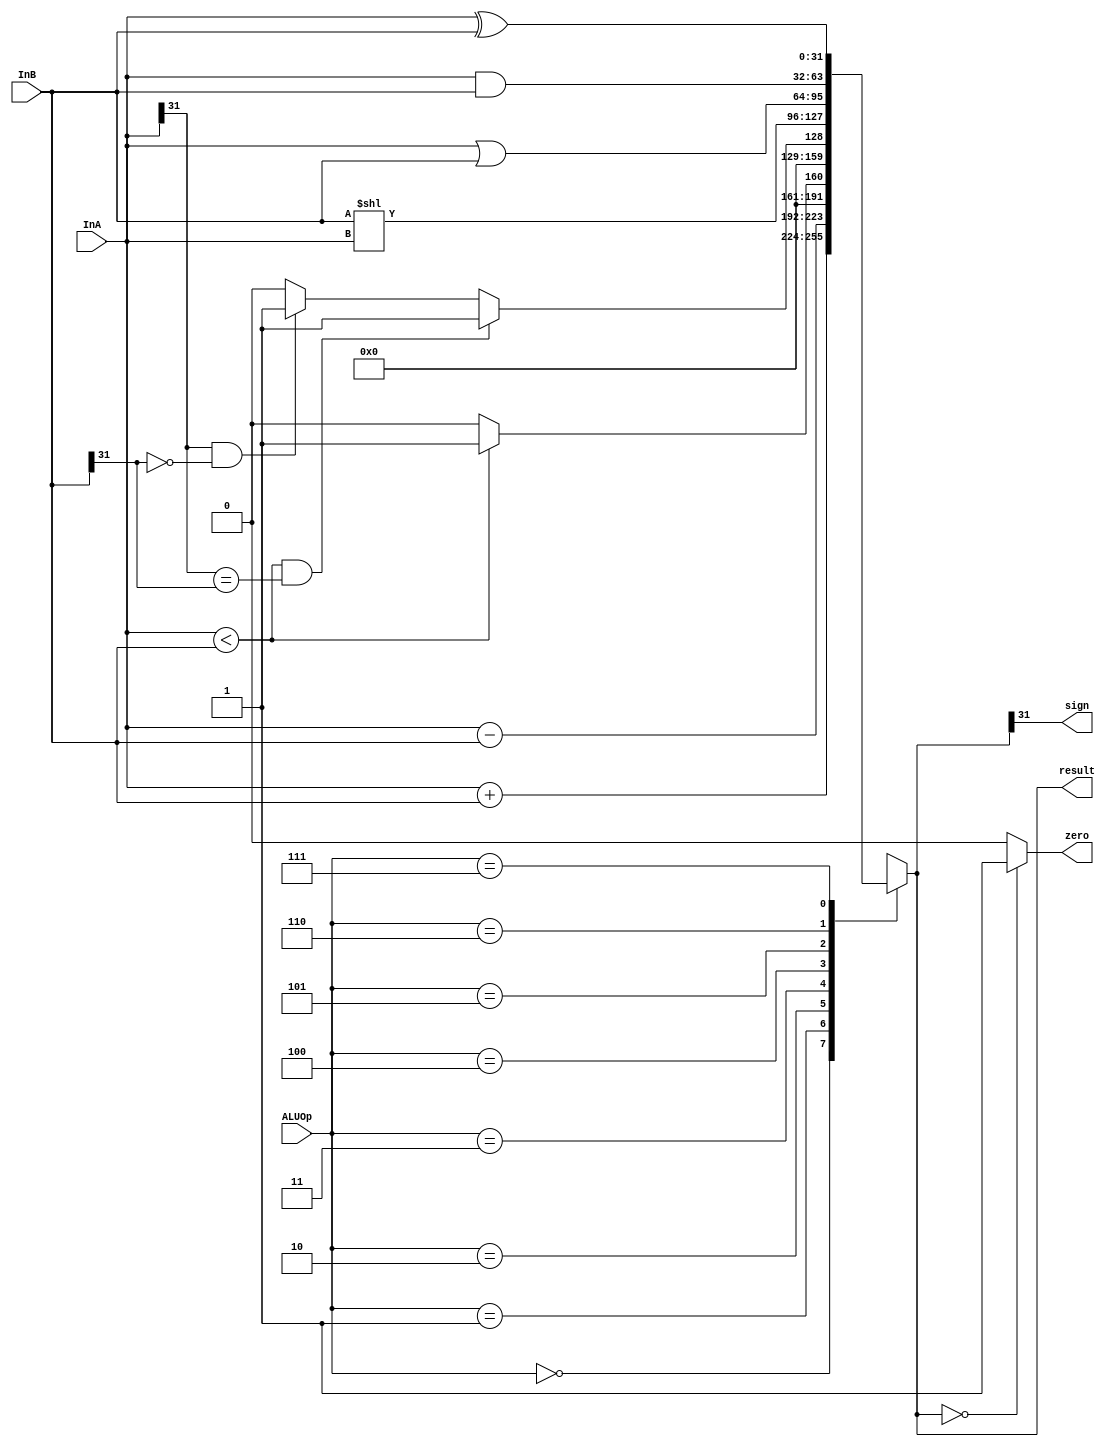
`timescale 1ns / 1ps
//////////////////////////////////////////////////////////////////////////////////
// Company: 
// Engineer: 
// 
// Design Name: 
// Module Name: ALU
// Project Name: 
// Target Devices: 
// Tool Versions: 
// Description: 
// 
// Dependencies: 
// 
// Revision:
// Revision 0.01 - File Created
// Additional Comments:
// 
//////////////////////////////////////////////////////////////////////////////////


module ALU(InA, InB, ALUOp, result, zero, sign);
input [31:0] InA, InB;
input [2:0] ALUOp;
output reg [31:0] result;
output zero, sign;
always @ (ALUOp or InA or InB)
begin
     case (ALUOp)
         3'b000://add
             result = InA+InB;
         3'b001://minus
             result = InA-InB;        
         3'b010:
             result = (InA < InB) ? 1:0;  
         3'b011:// or
         begin
            if(InA < InB && (InA[31] == InB[31]))
                result = 1;
            else if (InA[31] == 1 && InB[31] == 0)
                result = 1;
            else
                result = 0;
            end  
         3'b100:// and
            result = InB << InA;
            
             
         3'b101: // < unsigned
            result =  InA|InB; 
         3'b110: // < signed
            result = InA & InB;
         3'b111: // xor
             result = InA ^ InB;
         default:
         begin
             result = 32'h00000000;
             $display("no match");
         end
     endcase
 end
    
assign zero = (result == 0) ? 1:0;
assign sign = result[31];
endmodule